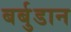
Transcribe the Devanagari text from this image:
बर्बुडान